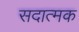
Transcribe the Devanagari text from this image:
सदात्मक